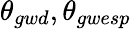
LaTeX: \theta_{gwd},\theta_{gwesp}